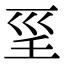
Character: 𡿱